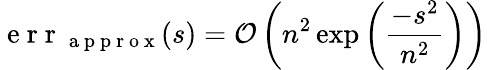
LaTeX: \mathrm{~e~r~r~}_{\mathrm{~a~p~p~r~o~x~}}(s)=\mathcal{O}\left(n^{2}\exp\left(\frac{-s^{2}}{n^{2}}\right)\right)